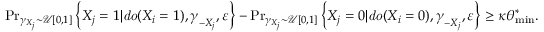
\begin{array} { r } { \operatorname* { P r } _ { \gamma _ { X _ { j } } \sim \mathcal { U } [ 0 , 1 ] } \left\{ X _ { j } = 1 | { \it d o } ( X _ { i } = 1 ) , \boldsymbol { \gamma } _ { - X _ { j } } , \varepsilon \right\} - \operatorname* { P r } _ { \gamma _ { X _ { j } } \sim \mathcal { U } [ 0 , 1 ] } \left\{ X _ { j } = 0 | { \it d o } ( X _ { i } = 0 ) , \boldsymbol { \gamma } _ { - X _ { j } } , \varepsilon \right\} \geq \kappa \theta _ { \operatorname* { m i n } } ^ { * } . } \end{array}